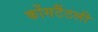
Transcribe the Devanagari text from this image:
कोंसटैंटली